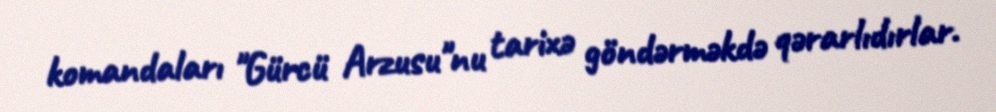
komandaları "Gürcü Arzusu"nu tarixə göndərməkdə qərarlıdırlar.